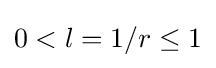
0<l=1/r\leq 1